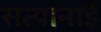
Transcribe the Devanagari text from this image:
सत्यानाई